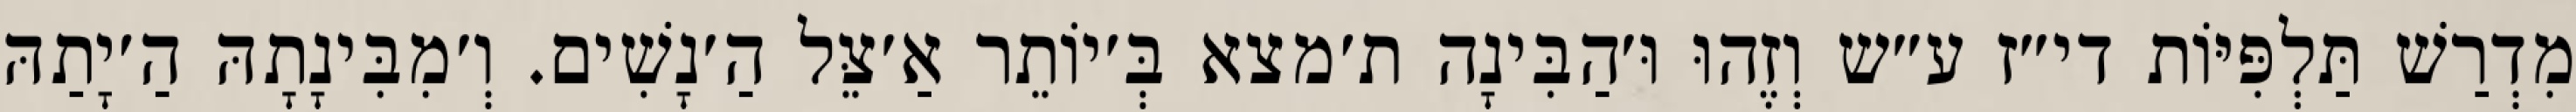
מִדְרַשׁ תַּלְפִּיּוֹת די״ז ע״ש וְזֶהוּ וּ׳הַבִּינָה ת׳מצא בְּ׳יוֹתֵר אַ׳צֵּל הַ׳נָשִׁים. וְ׳מִבִּינָתָהּ הַ׳יָתַהּ